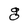
Character: g